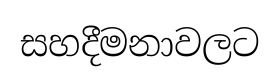
සහදීමනාවලට